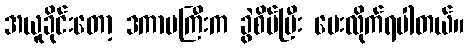
အယူခိုင်းတော့ ဒကာမကြီးက ခွဲစိပ်ပြီး ပေးလိုက်ရပါတယ်။